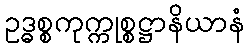
ဥဒ္ဓစ္စကုက္ကုစ္စဋ္ဌာနိယာနံ